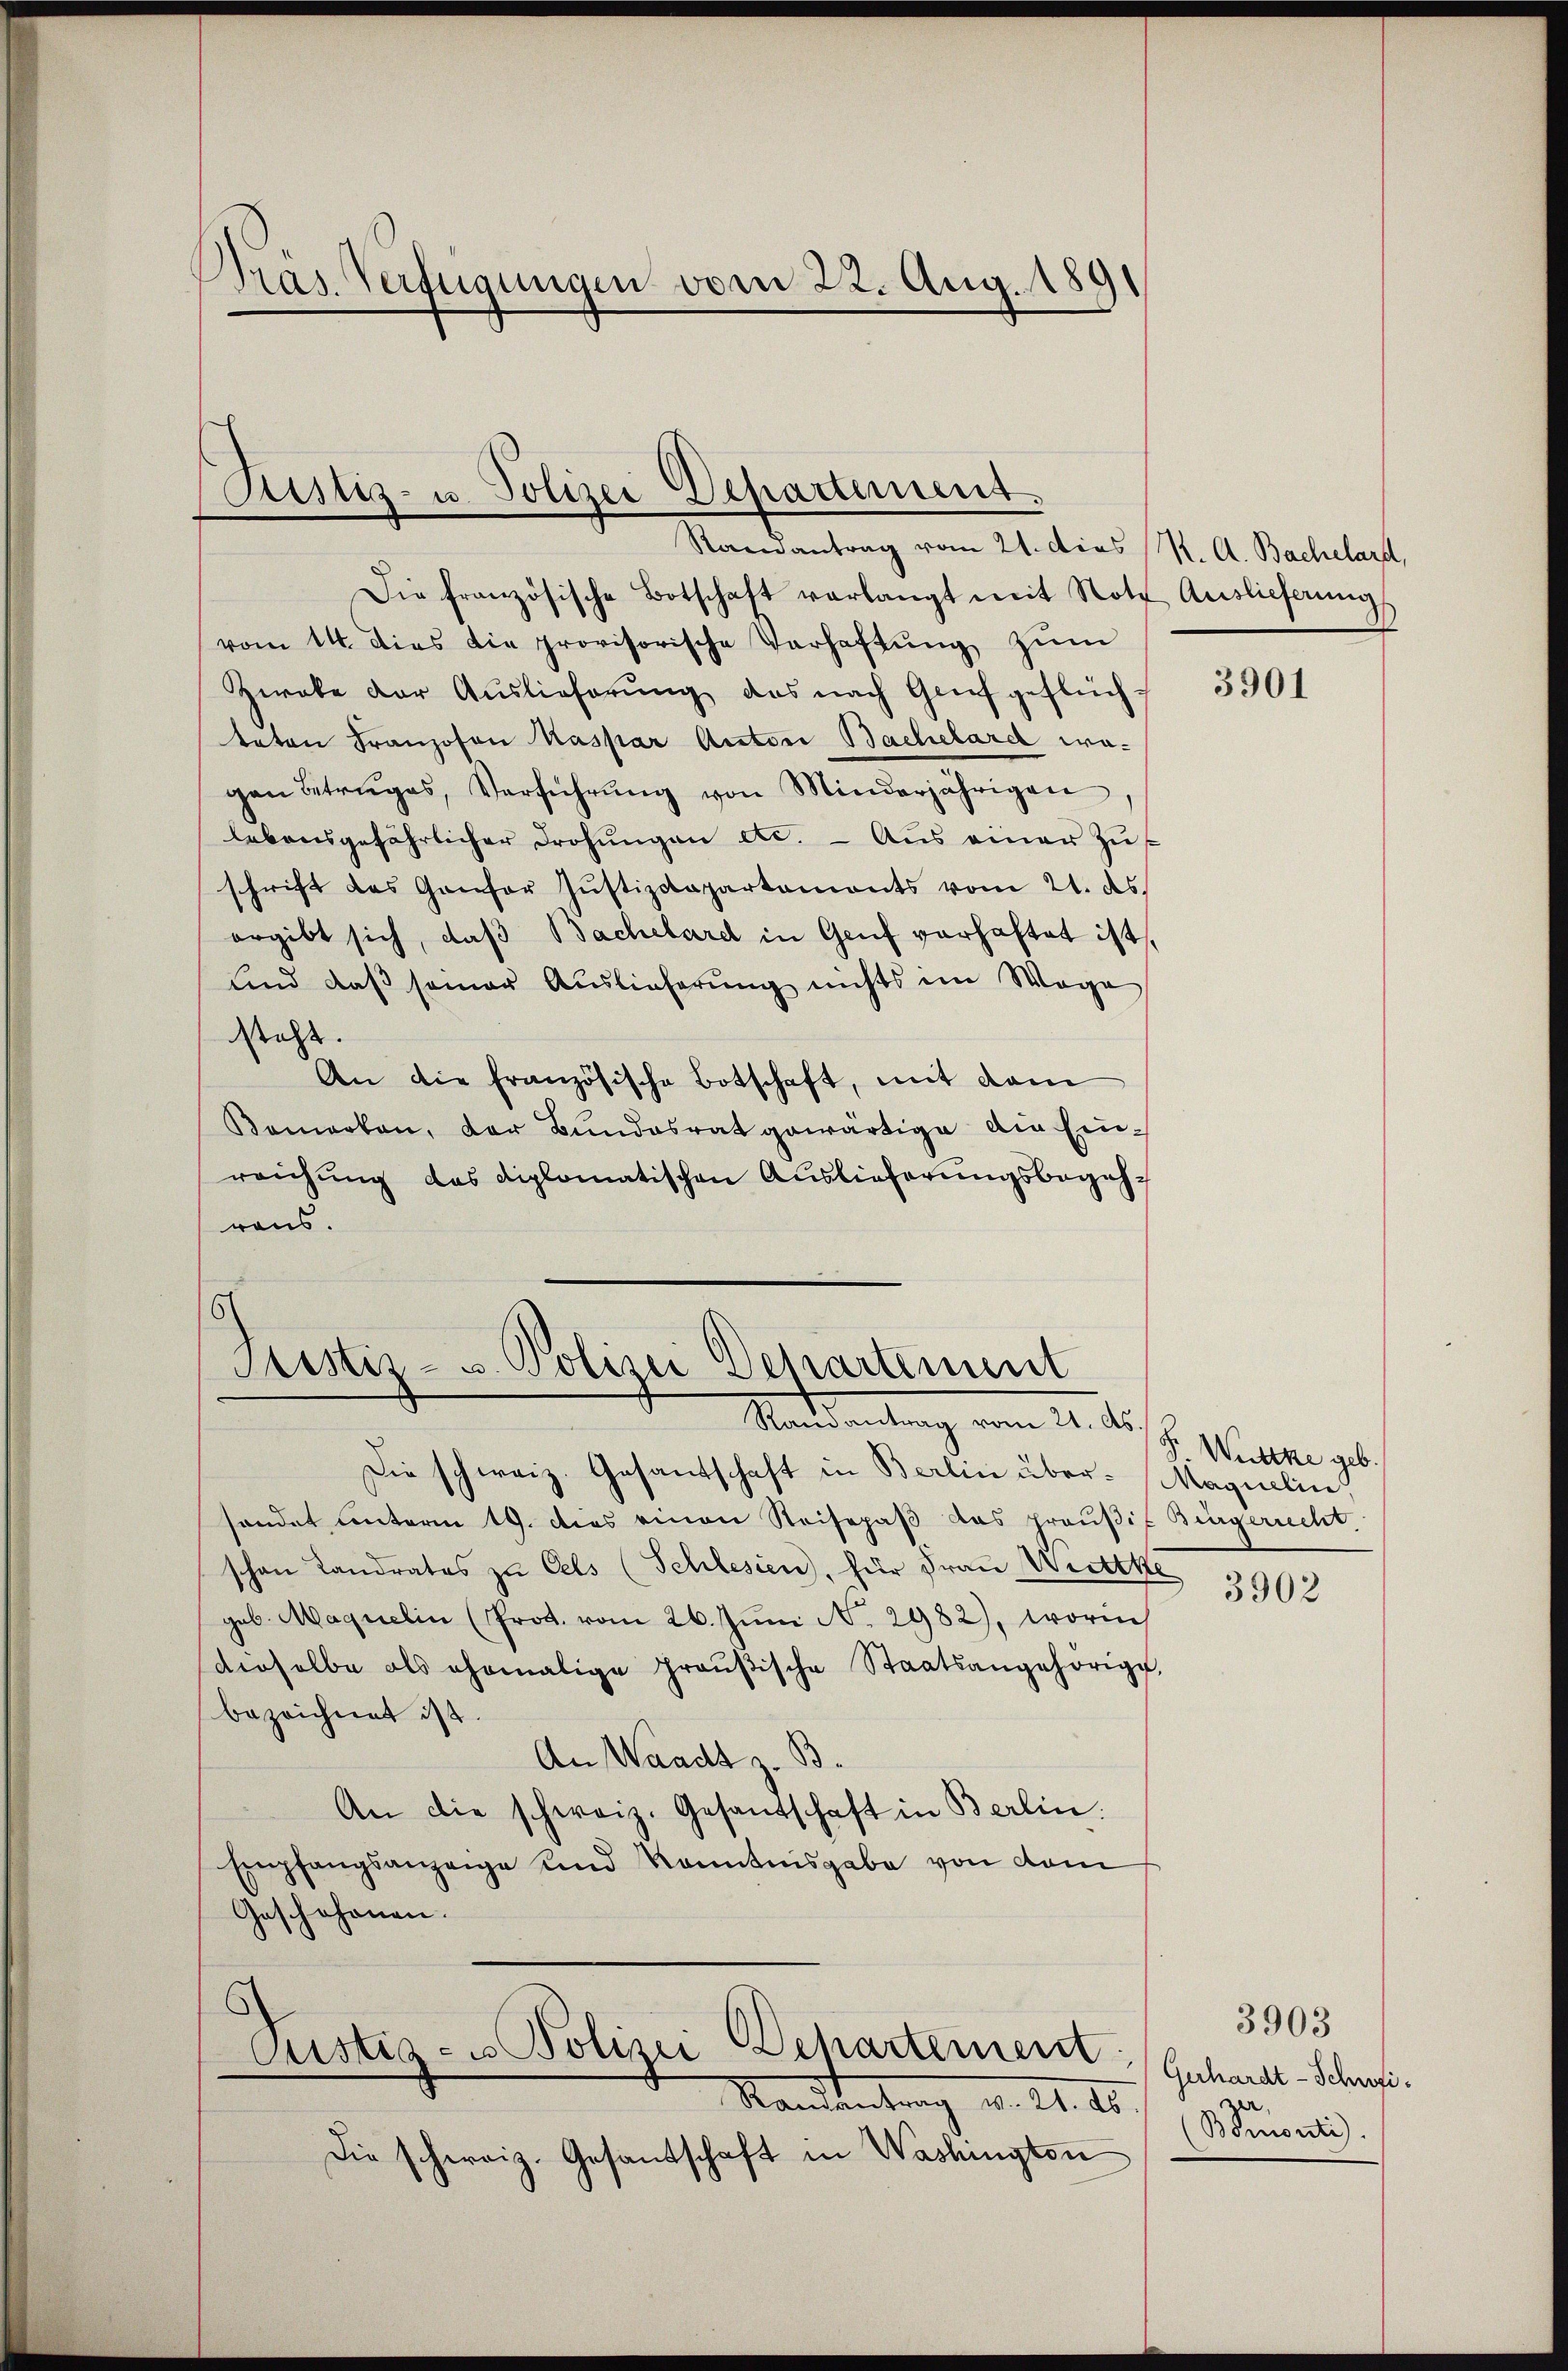
Präs. Verfügungen vom 22. Aug. 1891

Pustiz- u. Polizei Departement.
Randantrag vom 21. dies K. A. Bachelard,

Die französische Botschaft verlangt mit Notz Auslieferŭng
vom 14. dies die provisorische Verhaftŭng zŭm
Zwabe der Auslieferŭng das nach Genf geflüchteten Franzosen Kaspar Anton Bachelard wa-
gen Betruges, Verführŭng von Minderjährigen,
lebensgefährlicher drohŭngen etc. - Aus einer Zŭs
schrift des Ganfer Justizdepartements vom 21. ds.
ergibt sich, daß Bachelard in Genf verhaftet ist,
und daß seiner Auslieferung nichts im Wege
steht.
An die französische Botschaft, mit dem
Bemerken, der Bundesrat gewärtige die Einreichung das diplomatischen Auslieferungsbegehrens.

Justiz- u. Polizei Departement
Mandantung vom 21. d.

Die schweiz. Gesandschaft in Berlin über-Maguelin,
saendet unterm 19. dies einen Reisepaß das preußif Bürgerrecht
schon Landrates zu Oels (Schlesien, für Frau Wittke
geb. Maquelin (Prot. vom 26. Juni No. 2982), worin
dieselbe als ehemalige Graŭβische Staatsangehörige,
bezeichnet ist.
An Waadt z. B.
An die schweiz. Gesandschaft in Berlin.
Empfangsanzeige und Kenntnisgabe von dem
Geschehenen.
Pustiz- & Polizei Departernerst Guhardt-Schwi¬
Standentrag d. 21. d.
Die schweiz. Gesandschaft in Washingten

3901

P. Wittke geb.

3902

Singeli.

3903